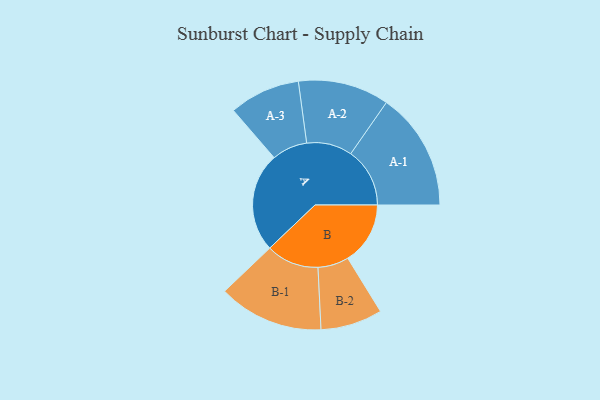
{"axis": {"x": "Segment", "y": "Value"}, "legend": ["", "A", "B"], "data": [{"x": "A", "y": 434, "type": ""}, {"x": "B", "y": 273, "type": ""}, {"x": "A-1", "y": 258, "type": "A"}, {"x": "A-2", "y": 199, "type": "A"}, {"x": "A-3", "y": 155, "type": "A"}, {"x": "B-1", "y": 230, "type": "B"}, {"x": "B-2", "y": 135, "type": "B"}]}